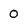
Character: 0